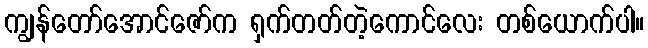
ကျွန်တော်အောင်ဇော်က ရှက်တတ်တဲ့ကောင်လေး တစ်ယောက်ပါ။